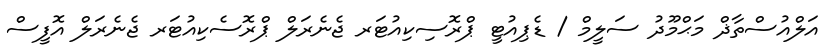
އަލްއުސްތާޛް މަޙްމޫދު ސަލީމް / ޑެޕިއުޓީ ޕްރޮސިކިއުޓަރ ޖެނެރަލް ޕްރޮސެކިއުޓަރ ޖެނެރަލް އޮފީސް